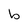
Character: b